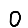
Digit: 0